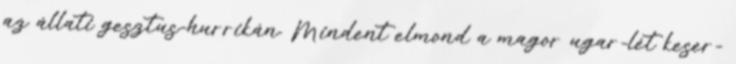
az állati gesztus-hurrikán. Mindent elmond a magor ugar-lét keser-